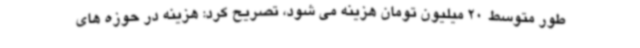
طور متوسط 20 میلیون تومان هزینه می شود، تصریح کرد: هزینه در حوزه های